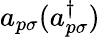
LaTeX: a_{p\sigma}(a_{p\sigma}^{\dagger})